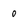
Character: 0